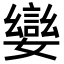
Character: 𡢮